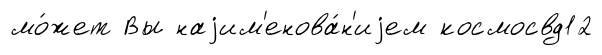
мо́жет Вы наjим'енова́н'иjем космосвд12